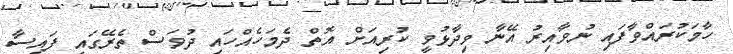
ހާމަކުރައްވާފައި ނުވާއިރު އޭނާ ވިދާޅުވީ ކުރިއަށް އޮތް ދެމަހެއްހައި ދުވަސް ތެރޭގައި ފައިސާ